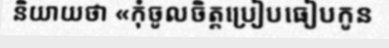
និយាយថា «កុំចូលចិត្តប្រៀបធៀបកូន